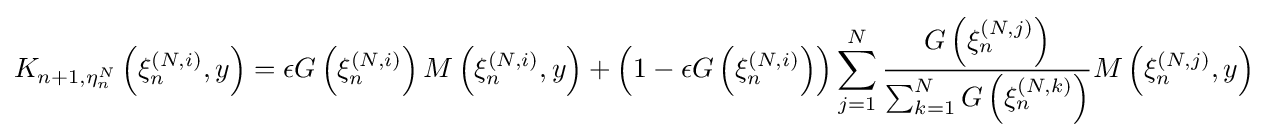
K_{n+1,\eta _{n}^{N}}\left(\xi _{n}^{(N,i)},y\right)=\epsilon G\left(\xi _{n}^{(N,i)}\right)M\left(\xi _{n}^{(N,i)},y\right)+\left(1-\epsilon G\left(\xi _{n}^{(N,i)}\right)\right)\sum _{j=1}^{N}{\frac {G\left(\xi _{n}^{(N,j)}\right)}{\sum _{k=1}^{N}G\left(\xi _{n}^{(N,k)}\right)}}M\left(\xi _{n}^{(N,j)},y\right)